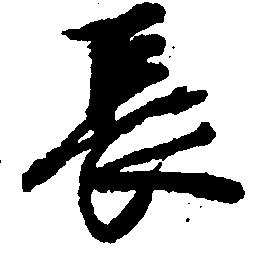
長